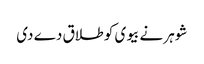
شوہر نے بیوی کو طلاق دے دی